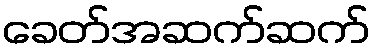
ခေတ်အဆက်ဆက်